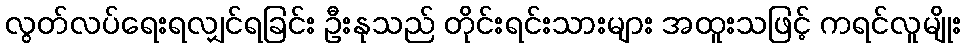
လွတ်လပ်ရေးရလျှင်ရခြင်း ဦးနုသည် တိုင်းရင်းသားများ အထူးသဖြင့် ကရင်လူမျိုး